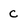
Character: C